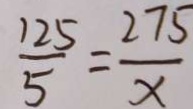
\frac { 1 2 5 } { 5 } = \frac { 2 7 5 } { x }